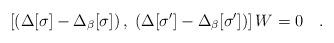
LaTeX: \begin{align*}\left[ \left(\Delta [\sigma ] - \Delta_\beta [\sigma ]\right),\; \left( \Delta [ \sigma' ] - \Delta_\beta [ \sigma ' ]\right)\right] W =0\quad.\end{align*}